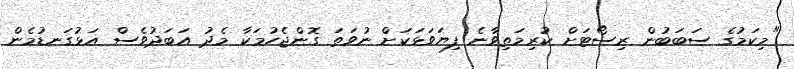
"މިކަމުގެ ސަބަބުން ރިސޯޓަށް ކުރިމަތިވާނެ ފިޔަވަޅަކަށް ނުވަތަ ގޮންޖެހުމަކާ މެދު އަބަދުވެސް އަޅުގަނޑުމެން